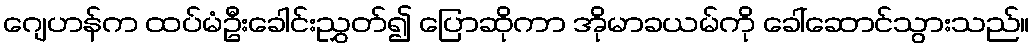
ဂျေဟန်က ထပ်မံဦးခေါင်းညွှတ်၍ ပြောဆိုကာ အိုမာခယမ်ကို ခေါ်ဆောင်သွားသည်။